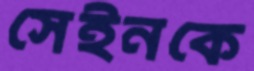
সেইনকে